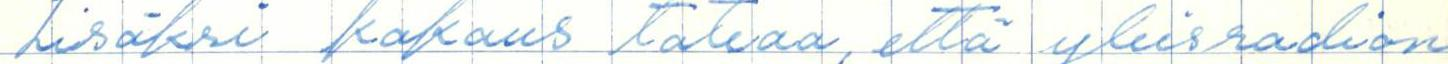
lisäksi kokous takaa, että yleisradion